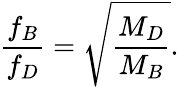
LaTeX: {\frac{f_{B}}{f_{D}}}=\sqrt{\frac{M_{D}}{M_{B}}}.